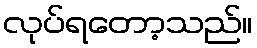
လုပ်ရတော့သည်။